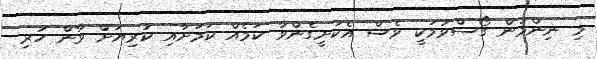
މި ނިންމުން ގޯސްވުމަކީ ވެސް އެކަށީގެންވާ ކަމެއް ކަމަށާއި ކުރިޔަށް ވާން ހުރި